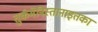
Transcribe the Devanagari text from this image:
तुर्कमेनिस्तानाइतका